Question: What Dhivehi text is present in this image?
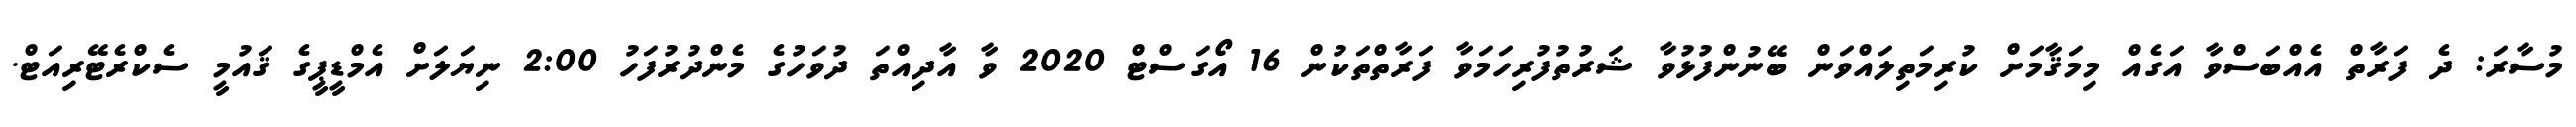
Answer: މުސާރަ: ދެ ފަރާތް އެއްބަސްވާ އަގެއް މިމަޤާމަށް ކުރިމަތިލައްވަން ބޭނުންފުޅުވާ ޝަރުތުފުރިހަމަވާ ފަރާތްތަކުން 16 އޯގަސްޓް 2020 ވާ އާދިއްތަ ދުވަހުގެ މެންދުރުފަހު 2:00 ނިޔަލަށް އެމްޑީޕީގެ ޤައުމީ ސެކްރެޓޭރިއަޓް.